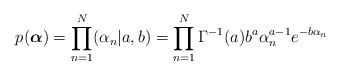
\begin{align*}p(\boldsymbol{\alpha})=\prod_{n=1}^N(\alpha_n|a,b)=\prod_{n=1}^N\Gamma^{-1}(a)b^{a}\alpha_{n}^{a-1}e^{-b\alpha_{n}}\end{align*}